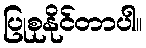
ပြုစုနိုင်တာပါ။